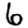
Digit: 6